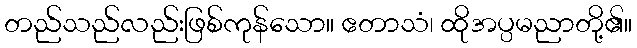
တည်သည်လည်းဖြစ်ကုန်သော။ ဧတာသံ၊ ထိုအပ္ပမညာတို့၏။